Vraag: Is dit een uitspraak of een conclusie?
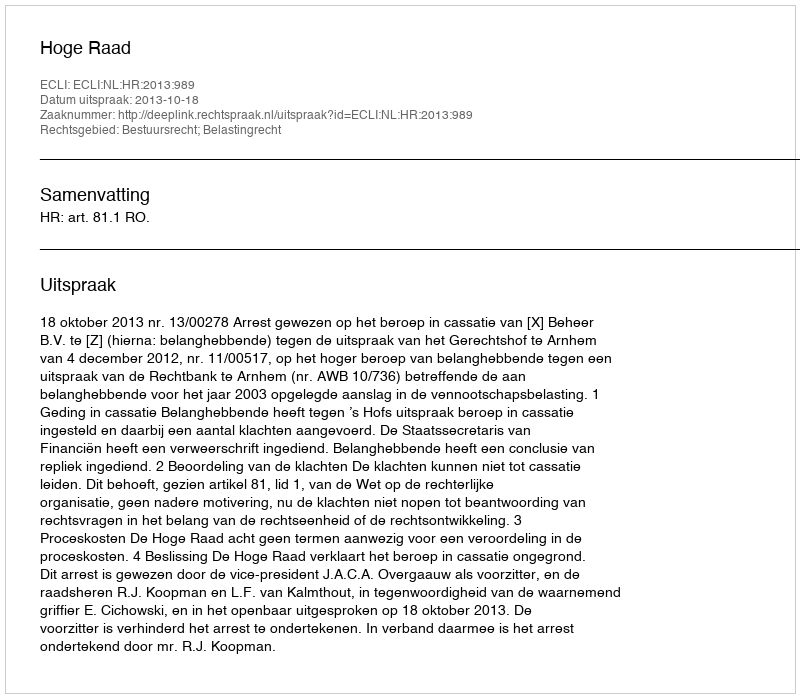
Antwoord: Uitspraak